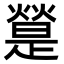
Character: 𤐔